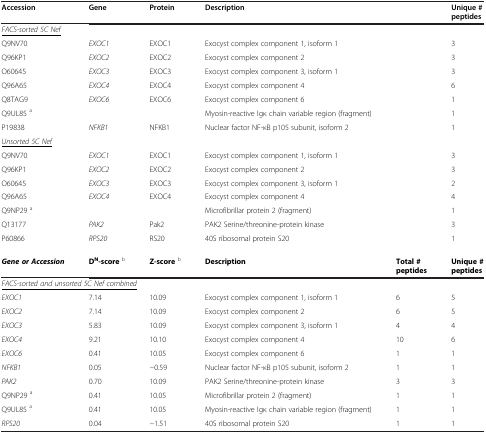
<table><thead><tr><td><b>Accession</b></td><td><b>Gene</b></td><td><b>Protein</b></td><td><b>Description</b></td><td><b> </b></td><td><b>Unique # peptides</b></td></tr></thead><tbody><tr><td colspan="4"><underline><i>FACS-sorted 5C Nef</i></underline></td><td> </td><td> </td></tr><tr><td>Q9NV70</td><td><i>EXOC1</i></td><td>EXOC1</td><td>Exocyst complex component 1, isoform 1</td><td> </td><td>3</td></tr><tr><td>Q96KP1</td><td><i>EXOC2</i></td><td>EXOC2</td><td>Exocyst complex component 2</td><td> </td><td>3</td></tr><tr><td>O60645</td><td><i>EXOC3</i></td><td>EXOC3</td><td>Exocyst complex component 3, isoform 1</td><td> </td><td>3</td></tr><tr><td>Q96A65</td><td><i>EXOC4</i></td><td>EXOC4</td><td>Exocyst complex component 4</td><td> </td><td>6</td></tr><tr><td>Q8TAG9</td><td><i>EXOC6</i></td><td>EXOC6</td><td>Exocyst complex component 6</td><td> </td><td>1</td></tr><tr><td>Q9UL85 <sup>a</sup></td><td> </td><td> </td><td>Myosin-reactive Igκ chain variable region (fragment)</td><td> </td><td>1</td></tr><tr><td>P19838</td><td><i>NFKB1</i></td><td>NFKB1</td><td>Nuclear factor NF-κB p105 subunit, isoform 2</td><td> </td><td>1</td></tr><tr><td colspan="4"><underline><i>Unsorted 5C Nef</i></underline></td><td> </td><td> </td></tr><tr><td>Q9NV70</td><td><i>EXOC1</i></td><td>EXOC1</td><td>Exocyst complex component 1, isoform 1</td><td> </td><td>3</td></tr><tr><td>Q96KP1</td><td><i>EXOC2</i></td><td>EXOC2</td><td>Exocyst complex component 2</td><td> </td><td>3</td></tr><tr><td>O60645</td><td><i>EXOC3</i></td><td>EXOC3</td><td>Exocyst complex component 3, isoform 1</td><td> </td><td>2</td></tr><tr><td>Q96A65</td><td><i>EXOC4</i></td><td>EXOC4</td><td>Exocyst complex component 4</td><td> </td><td>4</td></tr><tr><td>Q9NP29 <sup>a</sup></td><td> </td><td> </td><td>Microfibrillar protein 2 (fragment)</td><td> </td><td>1</td></tr><tr><td>Q13177</td><td><i>PAK2</i></td><td>Pak2</td><td>PAK2 Serine/threonine-protein kinase</td><td> </td><td>3</td></tr><tr><td>P60866</td><td><i>RPS20</i></td><td>RS20</td><td>40S ribosomal protein S20</td><td> </td><td>1</td></tr><tr><td><b><i>Gene or Accession</i></b></td><td><b>D</b><sup><b>N</b></sup><b>-score</b><sup>b</sup></td><td><b>Z-score</b><sup>b</sup></td><td><b>Description</b></td><td><b>Total #peptides</b></td><td><b>Unique # peptides</b></td></tr><tr><td colspan="4"><underline><i>FACS-sorted and unsorted 5C Nef combined</i></underline></td><td> </td><td> </td></tr><tr><td><i>EXOC1</i></td><td>7.14</td><td>10.09</td><td>Exocyst complex component 1, isoform 1</td><td>6</td><td>5</td></tr><tr><td><i>EXOC2</i></td><td>7.14</td><td>10.09</td><td>Exocyst complex component 2</td><td>6</td><td>5</td></tr><tr><td><i>EXOC3</i></td><td>5.83</td><td>10.09</td><td>Exocyst complex component 3, isoform 1</td><td>4</td><td>4</td></tr><tr><td><i>EXOC4</i></td><td>9.21</td><td>10.10</td><td>Exocyst complex component 4</td><td>10</td><td>6</td></tr><tr><td><i>EXOC6</i></td><td>0.41</td><td>10.05</td><td>Exocyst complex component 6</td><td>1</td><td>1</td></tr><tr><td><i>NFKB1</i></td><td>0.05</td><td>−0.59</td><td>Nuclear factor NF-κB p105 subunit, isoform 2</td><td>1</td><td>1</td></tr><tr><td><i>PAK2</i></td><td>0.70</td><td>10.09</td><td>PAK2 Serine/threonine-protein kinase</td><td>3</td><td>3</td></tr><tr><td>Q9NP29 <sup>a</sup></td><td>0.41</td><td>10.05</td><td>Microfibrillar protein 2 (fragment)</td><td>1</td><td>1</td></tr><tr><td>Q9UL85 <sup>a</sup></td><td>0.41</td><td>10.05</td><td>Myosin-reactive Igκ chain variable region (fragment)</td><td>1</td><td>1</td></tr><tr><td><i>RPS20</i></td><td>0.04</td><td>−1.51</td><td>40S ribosomal protein S20</td><td>1</td><td>1</td></tr></tbody></table>